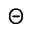
\Theta